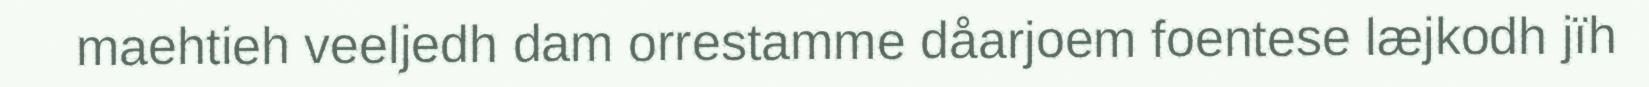
maehtieh veeljedh dam orrestamme dåarjoem foentese læjkodh jïh